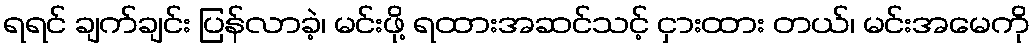
ရရင် ချက်ချင်း ပြန်လာခဲ့၊ မင်းဖို့ ရထားအဆင်သင့် ငှားထား တယ်၊ မင်းအမေကို